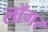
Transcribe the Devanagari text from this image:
लॉगर